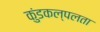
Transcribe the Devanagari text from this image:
कुंडकल्पलता